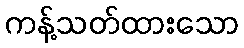
ကန့်သတ်ထားသော